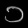
Digit: ၁